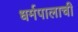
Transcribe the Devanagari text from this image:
धर्मपालाची